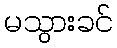
မသွားခင်